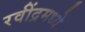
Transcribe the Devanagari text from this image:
रवींद्रमध्ये